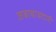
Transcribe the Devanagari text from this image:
जबाबाबदारी